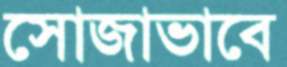
সোজাভাবে